Juri_Uluots, lk 93
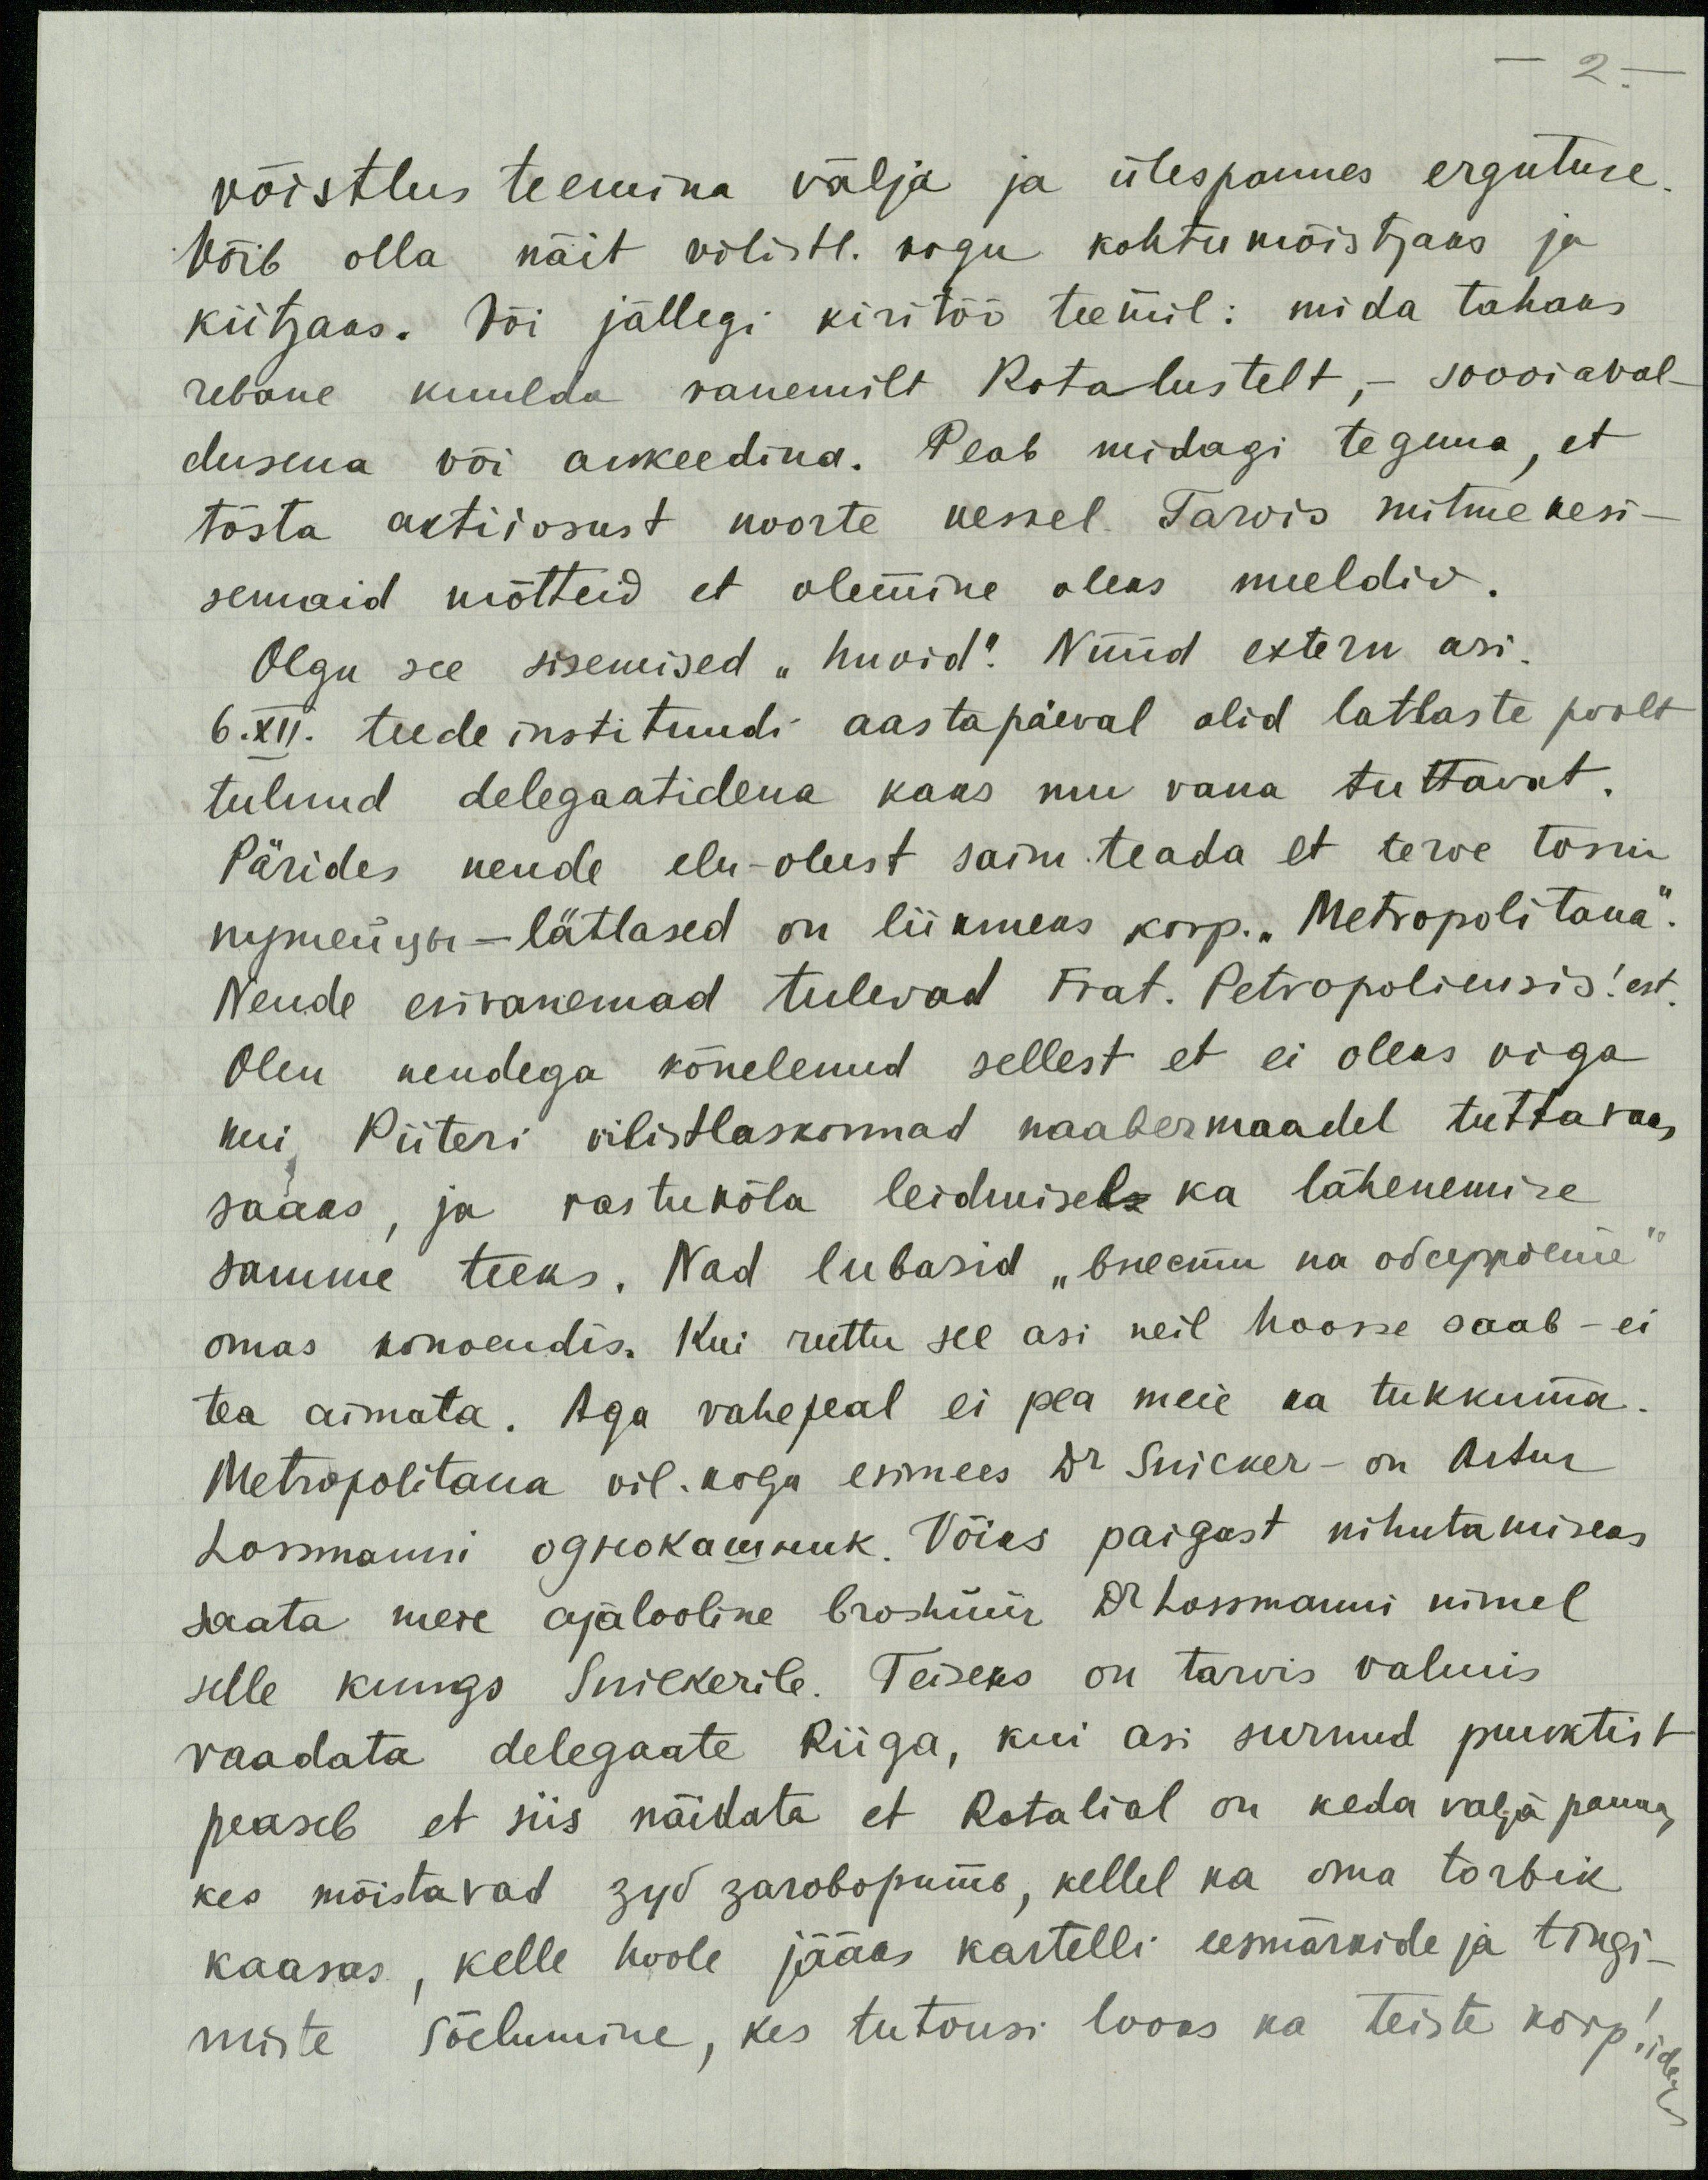
2
võistlus teemina välja ja ülespannes ergutuse
Võib olla näit vilistl. kogu kohtumõistjaks ja
kiitjaks. Või jällegi kiritöö teemil: mida tahaks
rebane kuulda vanemilt Rotalustelt, - sooviaval-
dusena või ankeedina. Peab midagi tegema, et
tõsta aktiivsust noorte keskel. Tarvis mitmekesi-
semaid mõtteid et olemine oleks meeldiv.
Olgu see sisemised "huvid". Nüüd extern asi.
6.XII. teede instituudi aastapäeval olid latlaste poolt
tulnud delegaatidena kaks mu vana tuttavat.
Pärides nende elu-olust sain teada et terve tosin
путейуы - lätlased on liikmeks korp. "Metropolitana".
Nende esivanemad tulevad Frat. Petropoliensis! est.
Olen nendega kõnelenud sellest et ei oleks viga
kui Piiteri vilistlaskonnad naabermaadel tuttavaks
saaks, ja vastukõla leidmiseks ka lähenemise
samme teeks. Nad lubasid "внести na дерегоене
omas konvendis. Kui ruttu see asi neil hoosse saab - ei
tea aimata. Aga vahepeal ei pea meie ka tukkuma.
Metropolitana vil. kogu esimees Dr Snicker - on Artur
Lossmanni ognokannuk. Võiks paigast nihutamiseks,
saata meie ajalooline broshüür Dr Lossmanni nimel
selle kungs Snickerile. Teiseks on tarvis valmis
vaadata delegaate Riiga, kui asi surnud punktist
peaseb et siis näidata et Rotalial on keda valja panna,
kes mõistavad zub zarobopuine, kellel ka oma torbik
kaasas, kelle hoole jääks kartelli eesmärkide ja tingi-
miste sõelumine, kes tutvusi looks ka teiste korp!,idega